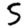
Digit: 5